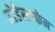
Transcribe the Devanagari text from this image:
होहेस्टाफेन